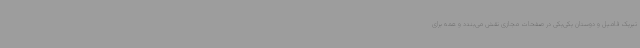
تبریک فامیل و دوستان یکی‌یکی در صفحات مجازی نقش می‌بندد و همه برای